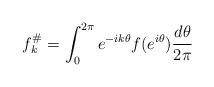
LaTeX: \begin{align*} f^\#_k = \int_{0}^{2\pi} e^{-ik\theta} f(e^{i\theta}) \frac{d\theta}{2\pi}\end{align*}